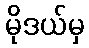
မိုဒယ်မှ